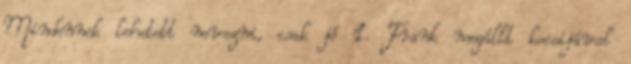
Mindennek lehetett nevezni, csak jó 1. Frank megállt kocsijával